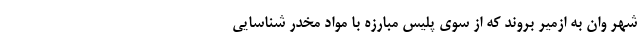
شهر وان به ازمیر بروند که از سوی پلیس مبارزه با مواد مخدر شناسایی